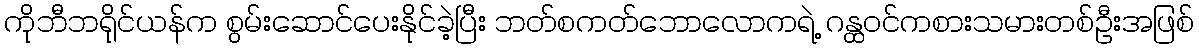
ကိုဘီဘရိုင်ယန်က စွမ်းဆောင်ပေးနိုင်ခဲ့ပြီး ဘတ်စကတ်ဘောလောကရဲ့ ဂန္ထဝင်ကစားသမားတစ်ဦးအဖြစ်